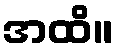
အထိ။